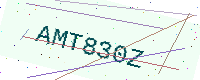
Text: AMT830Z